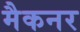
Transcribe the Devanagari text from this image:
मैकनर